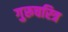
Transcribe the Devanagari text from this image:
गुरूचरित्र